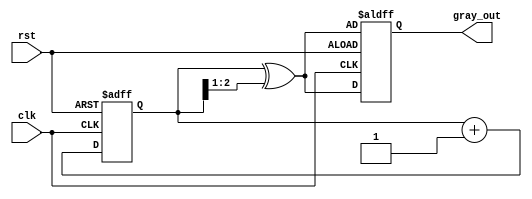
module gray_code_counter #(parameter n = 3) (
    input wire clk,
    input wire rst,
    output reg [n-1:0] gray_out
);

    reg [n-1:0] binary_count;

    // Convert binary count to Gray code
    function [n-1:0] binary_to_gray;
        input [n-1:0] binary;
        begin
            binary_to_gray = binary ^ (binary >> 1);
        end
    endfunction

    always @(posedge clk or posedge rst) begin
        if (rst) begin
            // Reset the binary counter and Gray code output
            binary_count <= {n{1'b0}}; // Initialize to 0
            gray_out <= binary_to_gray(binary_count);
        end else begin
            // Increment the binary counter
            binary_count <= binary_count + 1;
            // Update the Gray code output
            gray_out <= binary_to_gray(binary_count);
        end
    end

endmodule